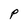
Character: P